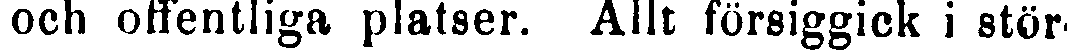
oob offentliga platser. Allt försiggick i stör-